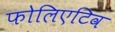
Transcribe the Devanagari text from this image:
फोलिएटिव